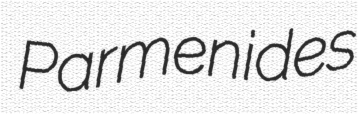
Parmenides